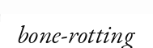
bone-rotting